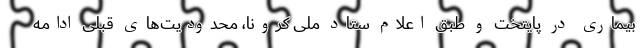
بیماری در پایتخت و طبق اعلام ستاد ملی کرونا، محدودیت‌های قبلی ادامه